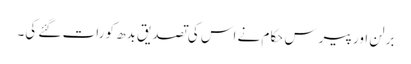
برلن اور پیرس حکام نے اس کی تصدیق بدھ کو رات گئے کی۔